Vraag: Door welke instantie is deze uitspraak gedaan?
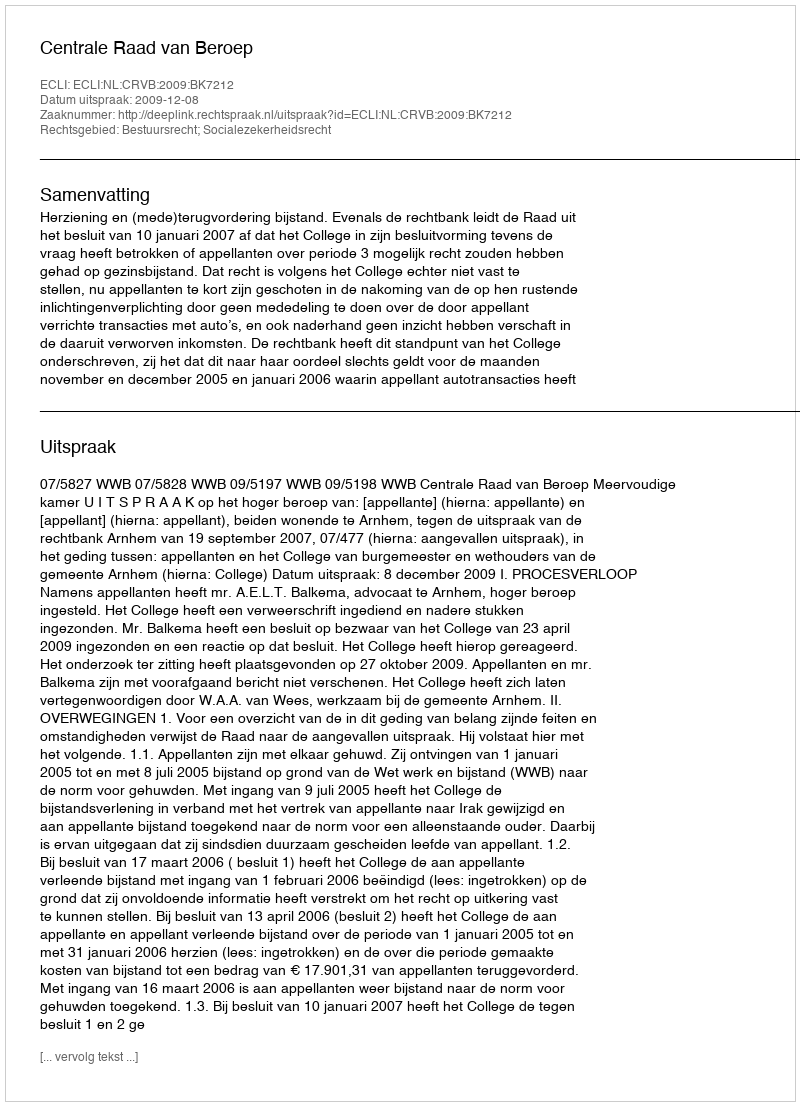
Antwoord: Centrale Raad van Beroep